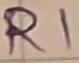
Text: R1